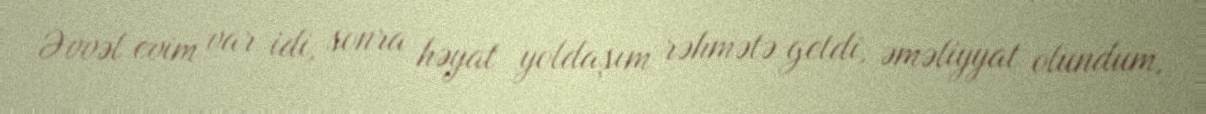
Əvvəl evim var idi, sonra həyat yoldaşım rəhmətə getdi, əməliyyat olundum,